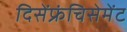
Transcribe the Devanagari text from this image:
दिसेंफ्रंचिसेमेंट